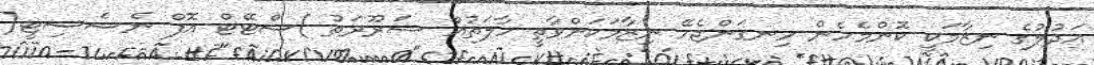
އަދުލުގެ ނިޒާމަކީ ކޮންމެހެން ހިނގަންޖެހޭ ނިޒާމަކަށްވާތީ ހާލަތުއް ޟަރޫރަތު )ސްޓޭޓް އޮފް ނެސެސިޓީ(